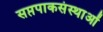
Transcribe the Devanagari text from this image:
सप्तपाकसंस्थाओं